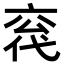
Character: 𪜣